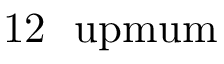
1 2 ~ \mathrm { \ u p m u m }